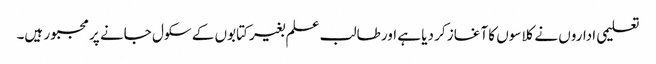
تعلیمی اداروں نے کلاسوں کا آغاز کر دیا ہے اور طالب علم بغیر کتابوں کے سکول جانے پر مجبور ہیں۔